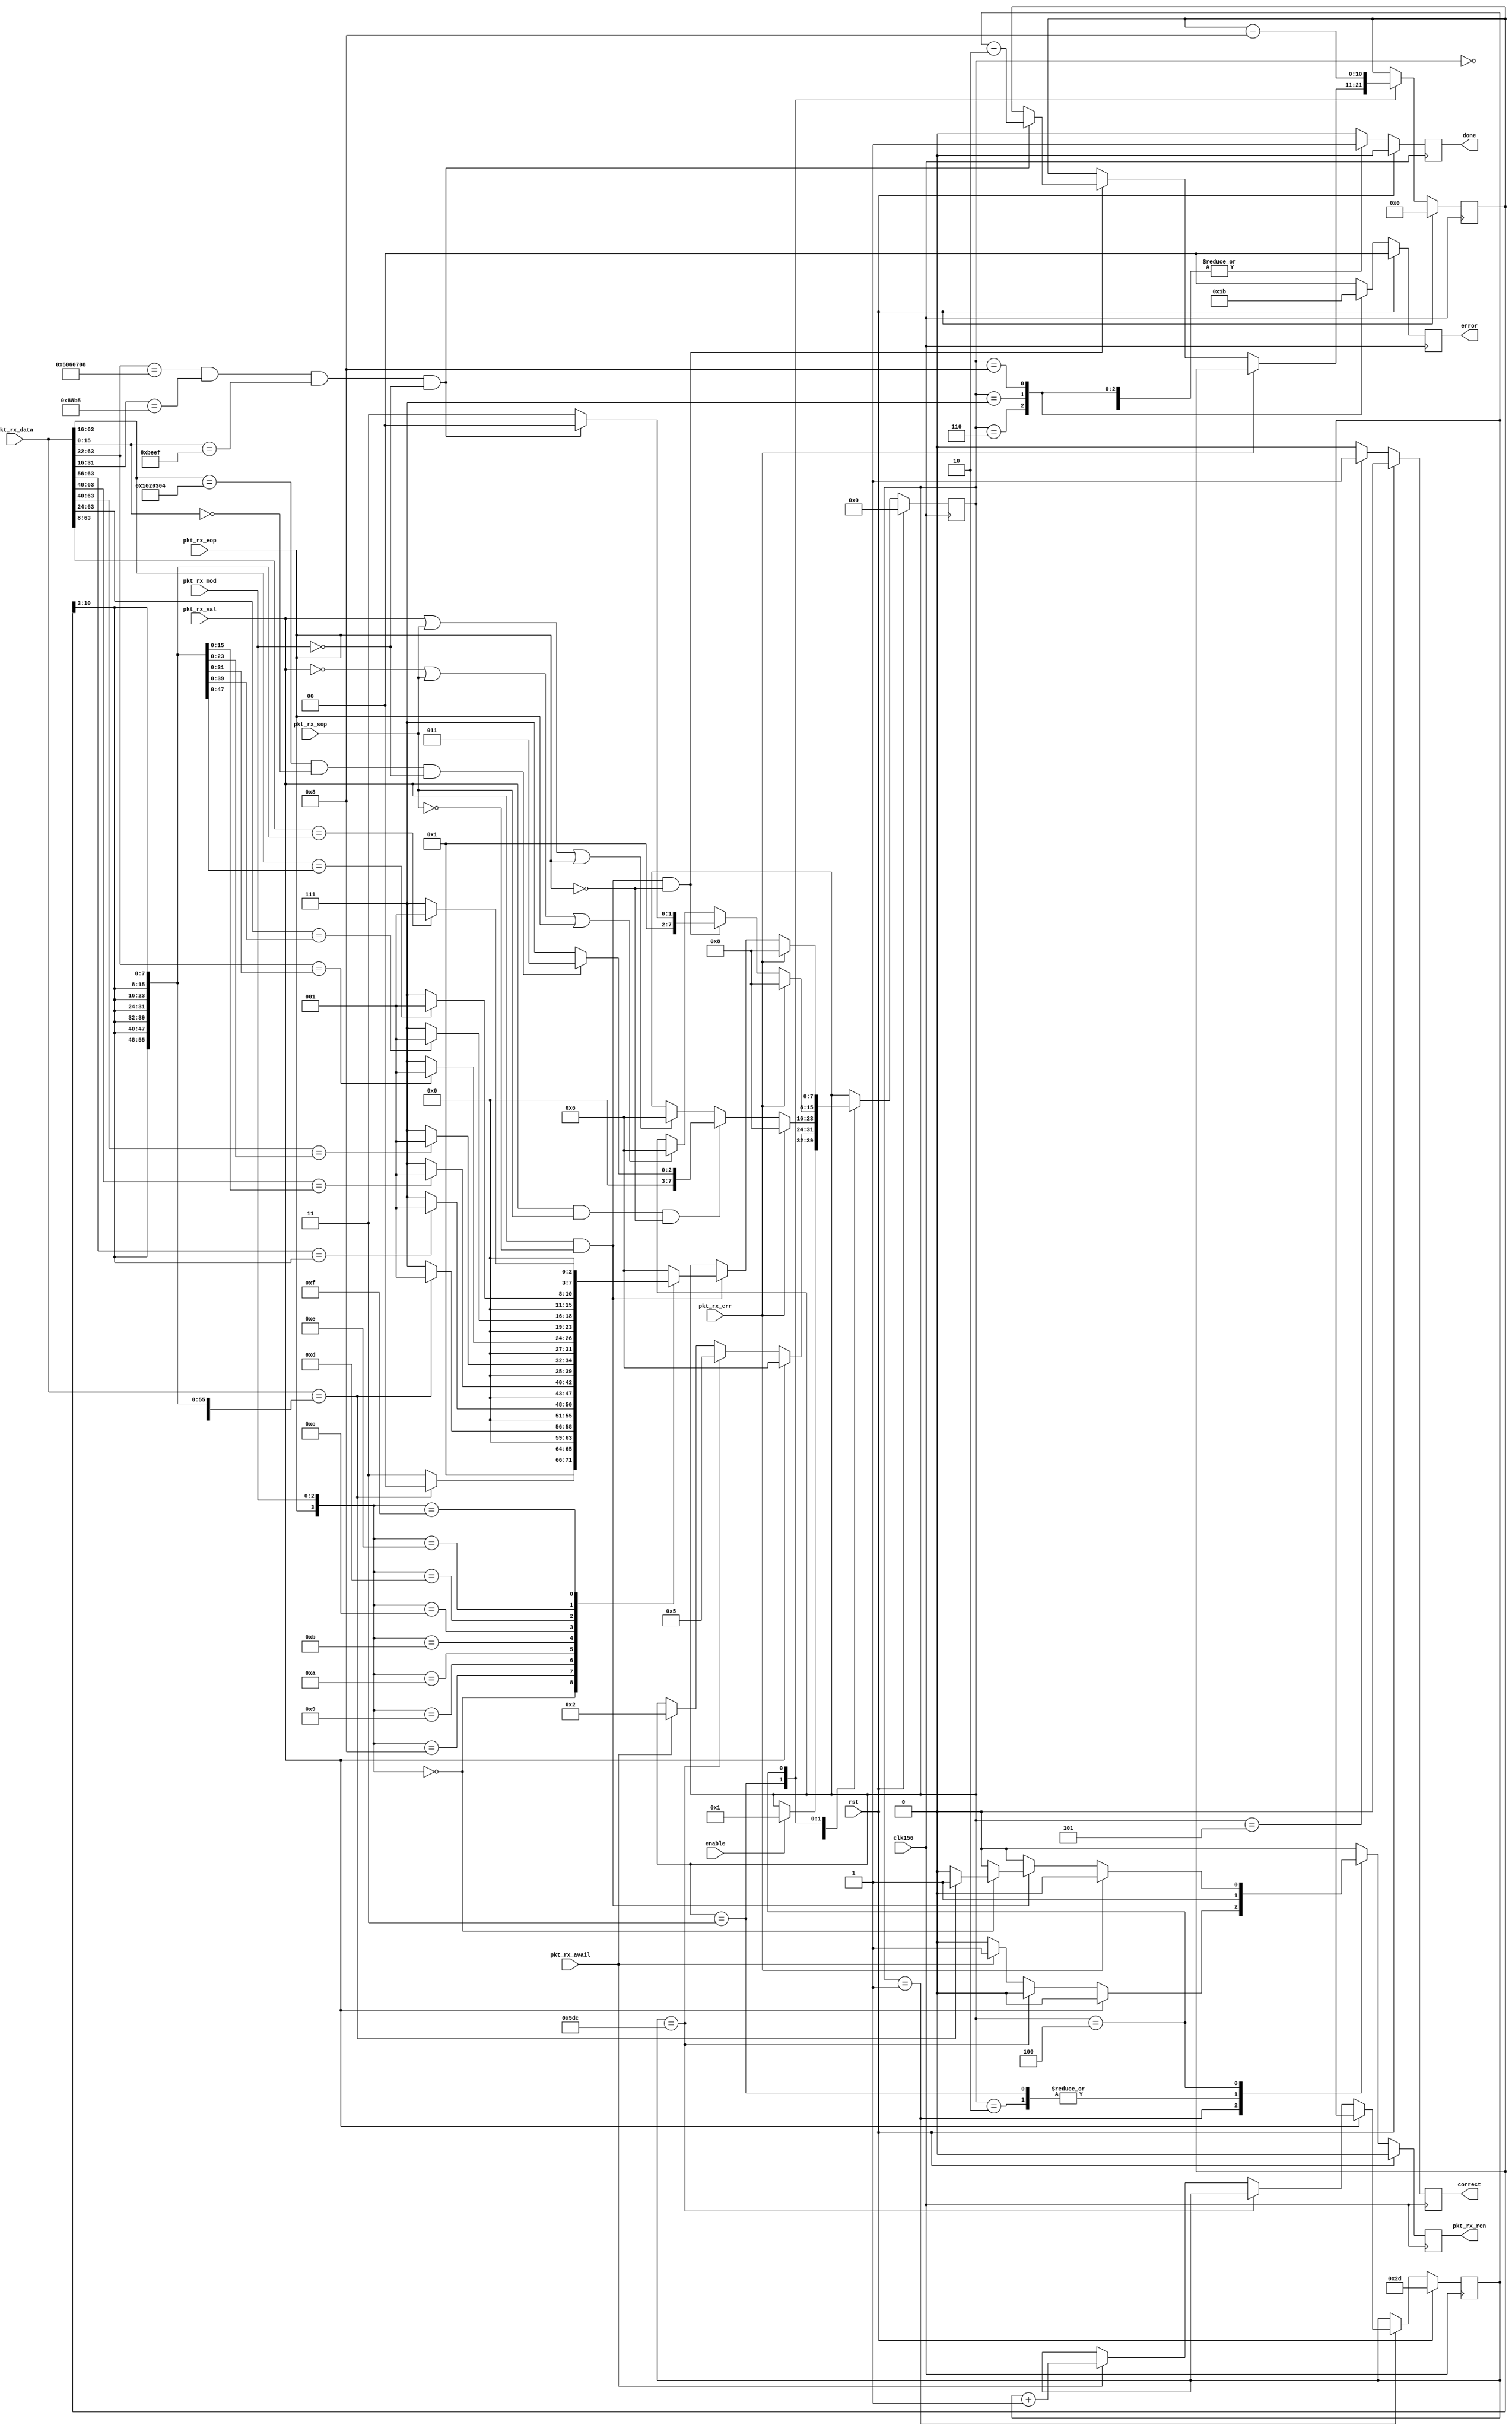
//
// Synthesizable Rx checker for 10G Ethernet MAC.
// Collects recevied packets and checks them against the deterministic expected result
// to verify correct loopback functionality if used with the tx_checker.
//

`define IDLE 0
`define SEARCH 1
`define RECEIVE1 2
`define RECEIVE2 3
`define RECEIVE3 4
`define DONE 5
`define ERROR1 6
`define ERROR2 7
`define ERROR3 8


module rx_checker
  (
   input clk156,
   input rst,
   input enable,
   output reg done,
   output reg correct,
   output reg [1:0] error,
   //
   input pkt_rx_avail,
   input pkt_rx_val,
   input pkt_rx_sop,
   input pkt_rx_eop,
   input [2:0] pkt_rx_mod,
   input [63:0] pkt_rx_data,
   input pkt_rx_err,
   output reg pkt_rx_ren
   );


   reg [10:0] 	 payload;
   reg [10:0] 	 count;
   reg [7:0] 	 state;

   
always @(posedge clk156)
  if (rst)
    begin
       // Reset
       state <= `IDLE;
       done <= 0;
       correct <= 0;
       error <= 0;
       pkt_rx_ren <= 0;
       count <= 0;
       payload <= 45; // 1 less than ethernet minimum payload size.\
    end
  else
    begin
       // Defaults
       state <= state;
       done <= 0;
       correct <= 0;
       error <= 0;
       pkt_rx_ren <= 0;
       count <= count;
       payload <= payload;
       
            
       case(state)
	 // Wait in IDLE state until enabled.
	 // incomming packets will not be detected in this state.
	 `IDLE: begin
	    if (enable)  
	      state <= `SEARCH;
	 end // case: `IDLE
	 //
	 // Search for pkt_rx_avail going asserted to show that a packet is in the MAC's FIFO's.
	 // Then assert pkt_rx_ren back to MAC to start transfer. pkt_rx_ren now remains asserted until 
	 // at least EOP, longer if pkt_rx_avail is still asserted at EOP as back-to-back Rx is possible.
	 // We can come into this state with pkt_rx_ren already enabled for back-to-back Rx cases.
	 //
	 `SEARCH: begin
	      if (pkt_rx_val)
	      state <= `ERROR1;  // Illegal signalling
	    else if (payload == 1500)
	      state <= `DONE;
	    else if (pkt_rx_avail)
	      begin // rx_avail has been asserted, now assert rx_ren to start transfer.
		 payload <= payload + 1; 
		 pkt_rx_ren <= 1;
		 state <= `RECEIVE1;
	      end
	 end
	 //
	 // Now wait for pkt_rx_val and pkt_rx_sop to assert in the same cycle with the first 
	 // 8 octects of a new packet. When asserted check all data bits against expected data.
	 // Go to error states if something doesn't match or work correctly.
	 //
	 `RECEIVE1: begin
	    pkt_rx_ren <= 1;
	    
	    if (pkt_rx_err)
	      state <= `ERROR3; // CRC error from MAC
	    else if (pkt_rx_val && pkt_rx_sop && ~pkt_rx_eop)
	      begin
		 if ((pkt_rx_data[63:16] == 48'h0001020304) && (pkt_rx_data[15:0] == 16'h0000) && (pkt_rx_mod == 3'h0))
		   state <= `RECEIVE2;
		 else
		   state <= `ERROR2; // Data missmatch error	 
	      end	    
	    else if (pkt_rx_val || pkt_rx_sop || pkt_rx_eop) // Error condition
	      begin
		 state <= `ERROR1; // Illegal signalling
	      end
	 end // case: `RECEIVE1
	 //
	 // Check all data bits against expected data.
	 // Go to error states if something doesn't match or work correctly.
	 //
	 `RECEIVE2: begin
	    pkt_rx_ren <= 1;
	    
	    if (pkt_rx_err)
	      state <= `ERROR3; // CRC error from MAC
	    else if (pkt_rx_val && ~pkt_rx_sop && ~pkt_rx_eop)
	      begin
		 if ((pkt_rx_data[63:32] == 32'h05060708) && 
		     (pkt_rx_data[31:16] == 16'h88b5) && 
		     (pkt_rx_data[15:0] == 16'hBEEF) && 
		     (pkt_rx_mod == 3'h0))
		   begin
		      count <= payload - 2; // Preload counter for this packet
		      state <= `RECEIVE3;
		   end
		 else
		   state <= `ERROR2; // Data missmatch error	 
	      end	    
	    else if (~pkt_rx_val || pkt_rx_sop || pkt_rx_eop) // Error condition
	      begin
		 state <= `ERROR1; // Illegal signalling
	      end
	 end // case: `RECEIVE2
	 //
	 // Should now have received both MAC addresses, the ETHERTYPE and first 2 octects of payload.
	 // Check remaining payload whilst looking for end of packet.
	 // Currently don;pt support chained RX of packets, pkt_rx_en will go to 0.
	 // (Remember packets are bigendian)
	 //
	 `RECEIVE3: begin
	    count <= count - 8;
	    
	    if (pkt_rx_err)
	      state <= `ERROR3; // CRC error from MAC
	    else if (pkt_rx_val && ~pkt_rx_sop) 
	      begin
		 case({pkt_rx_eop,pkt_rx_mod})
		   4'b0000: begin
		      if (pkt_rx_data[63:0] == {8{count[10:3]}})
			begin
			   pkt_rx_ren <= 1;
			   state <= `RECEIVE3;
			end
		      else
			state <= `ERROR2; // Data missmatch error	 
		   end
		   4'b1000: begin
		      if (pkt_rx_data[63:0] == {8{count[10:3]}})
			begin
			   pkt_rx_ren <= 0;	     
			   state <= `SEARCH;
			end
		      else
			state <= `ERROR2; // Data missmatch error	 
		   end
		   4'b1001: begin
		      if (pkt_rx_data[63:56] == {1{count[10:3]}})	      
			begin
			   pkt_rx_ren <= 0;	     
			   state <= `SEARCH;
			end	     
		      else
			state <= `ERROR2; // Data missmatch error	 
		   end
		   4'b1010: begin
		      if (pkt_rx_data[63:48] == {2{count[10:3]}})		
			begin
			   pkt_rx_ren <= 0;	     
			   state <= `SEARCH;
			end
		      else
			state <= `ERROR2; // Data missmatch error	 
		   end
		   4'b1011: begin
		      if (pkt_rx_data[63:40] == {3{count[10:3]}})		
			begin
			   pkt_rx_ren <= 0;	     
			   state <= `SEARCH;
			end
		      else
			state <= `ERROR2; // Data missmatch error	 
		   end
		   4'b1100: begin
		      if (pkt_rx_data[63:32] == {4{count[10:3]}})
			begin
			   pkt_rx_ren <= 0;	     
			   state <= `SEARCH;
			end
		      else
			state <= `ERROR2; // Data missmatch error	 
		   end
		   4'b1101: begin
		      if (pkt_rx_data[63:24] == {5{count[10:3]}})
			begin
			   pkt_rx_ren <= 0;	     
			   state <= `SEARCH;
			end
		      else
			state <= `ERROR2; // Data missmatch error	 
		   end
		   4'b1110: begin
		      if (pkt_rx_data[63:16] == {6{count[10:3]}})
			begin
			   pkt_rx_ren <= 0;	     
			   state <= `SEARCH;
			end
		      else
			state <= `ERROR2; // Data missmatch error	 
		   end
		   4'b1111: begin
		      if (pkt_rx_data[63:8] == {7{count[10:3]}})
			begin
			   pkt_rx_ren <= 0;	     
			   state <= `SEARCH;
			end
		      else
			state <= `ERROR2; // Data missmatch error	 
		   end
		   default: state <= `ERROR1;  // Illegal signalling
		 endcase // case({pkt_rx_eop,pkt_rx_mod})		 
	      end	   
	 end
	 //
	 // Finished. Received and verified full sequence. Now assert corret signal and done.
	 // Stay in this state until reset.
	 //
	 `DONE: begin
	    done <= 1;
	    correct <= 1;
	 end
	 //
	 // Signal protocol error.
	 // Stay in this state until reset.
	 //
	 `ERROR1: begin
	    done <= 1;
	    error <= 1;
	 end
	 //
	 // Data payload of packet did not match reference
	 // Stay in this state until reset.
	 //
	 `ERROR2: begin
	    done <= 1;
	    error <= 2;
	 end
	 //
	 // CRC error reported by MAC
	 // Stay in this state until reset.
	 //
	 `ERROR3: begin
	    done <= 1;
	    error <= 3;
	 end
       endcase
    end

endmodule // rx_checker